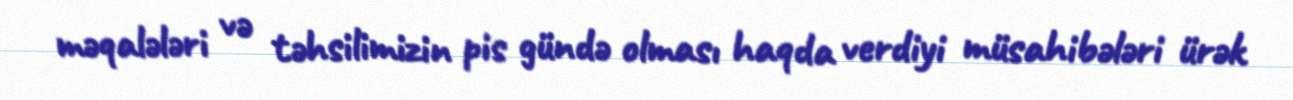
məqalələri və təhsilimizin pis gündə olması haqda verdiyi müsahibələri ürək